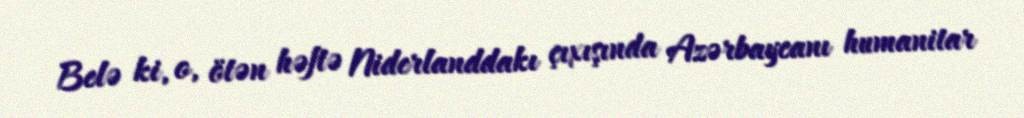
Belə ki, o, ötən həftə Niderlanddakı çıxışında Azərbaycanı humanitar